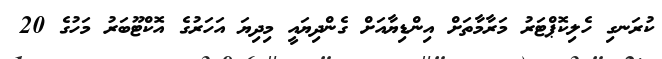
ކުރަނގި ހެލިކޮޕްޓަރު މަރާމާތަށް އިންޑިޔާއަށް ގެންދިޔައީ މިދިޔަ އަހަރުގެ އޮކްޓޫބަރު މަހުގެ 20